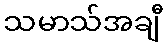
သမာသ်အချီ